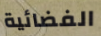
الفضائية